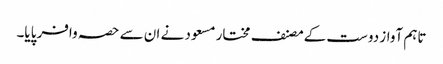
تاہم آواز دوست کےمصنف مختار مسعود نے ان سے حصہ وافر پایا۔